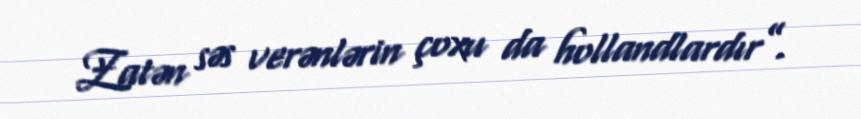
Zatən səs verənlərin çoxu da hollandlardır”.